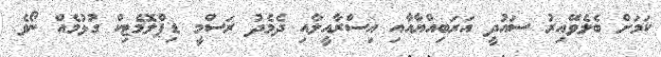
ކަމަށް ބެލެވޭއިރު ސައުދީ އަރަބިއްޔާއާއި އިސްރާއީލާއި ދެމެދު ރަސްމީ ޑިޕްލޮމެޓިކް ގުޅުމެއް ނޯވެ